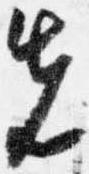
先